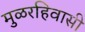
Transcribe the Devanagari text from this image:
मुळरहिवासी